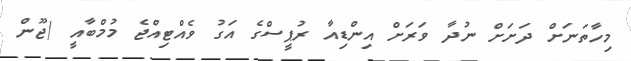
މިހާތަނަށް ދަށަށް ނުދާ ވަރަށް އިންޑިއާ ރުޕީސްގެ އަގު ވެއްޓިއްޖެ މުމްބާއީ (ޖޫން